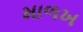
માળખ